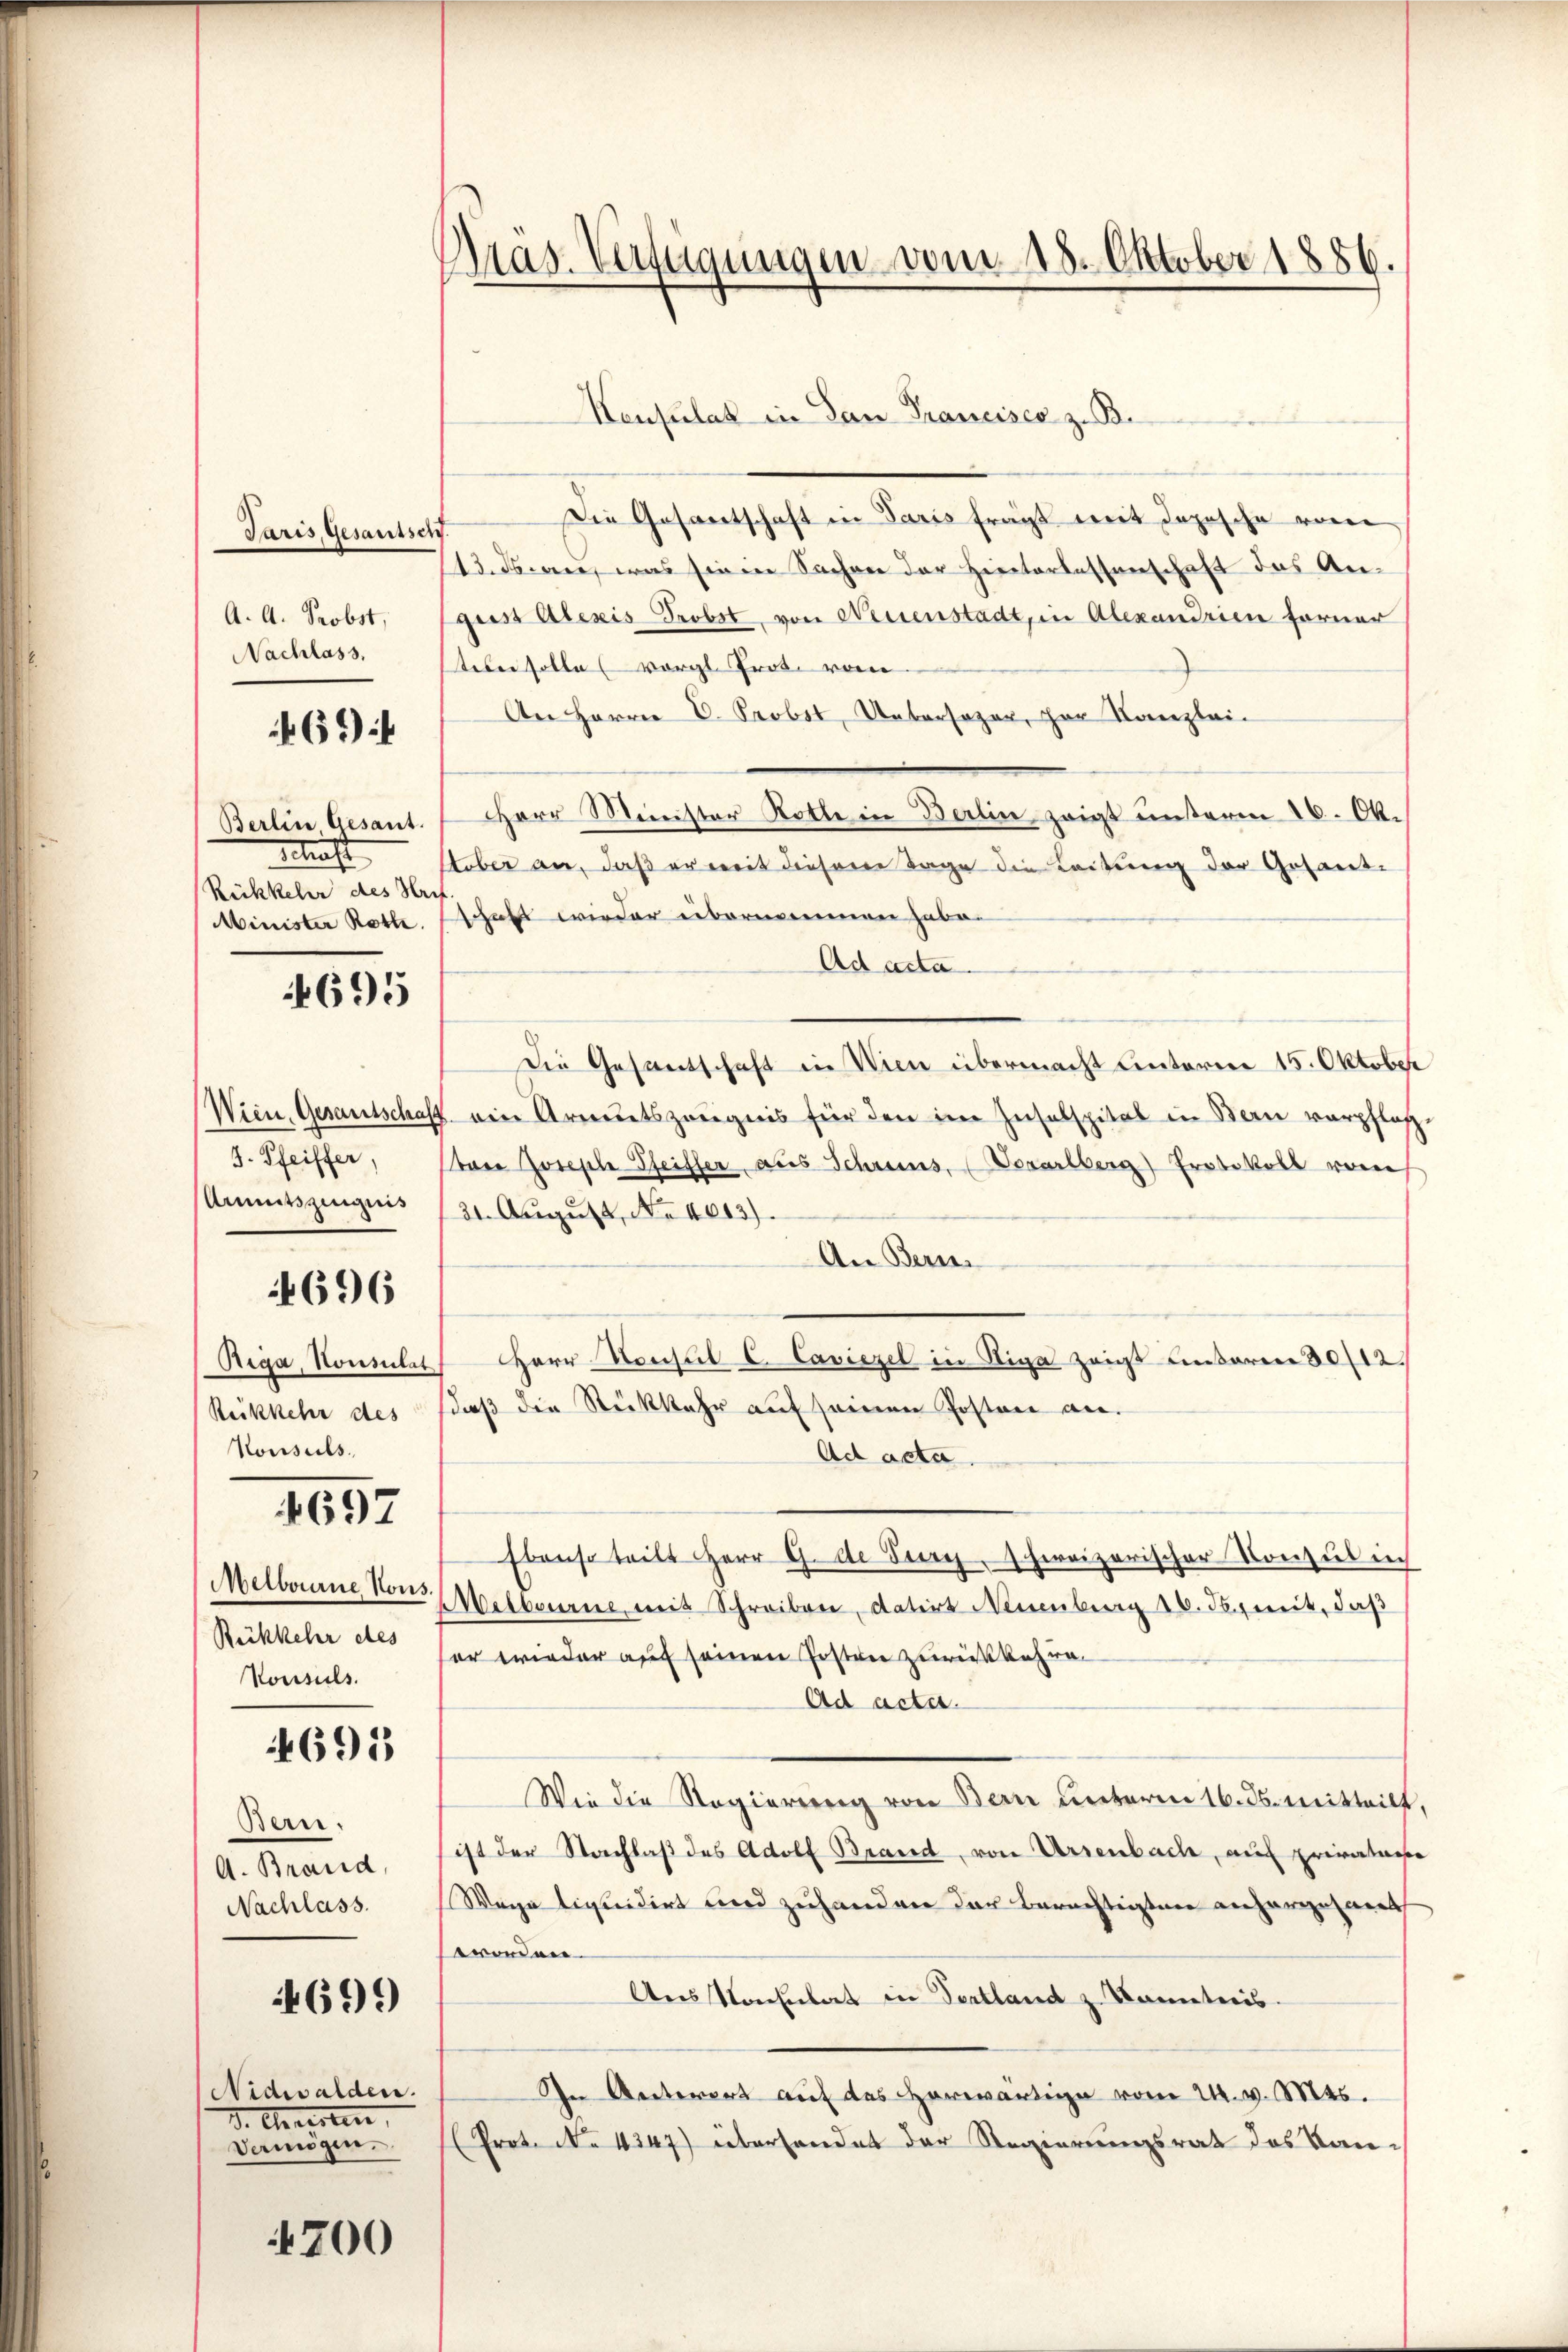
Paris, Gesantsch.
A. A. Probst,
Nachlass.

469 f

Schaft
Rückkehr des Hrif

695

J. Pfeiffer,
Armutszeugnis

4696

Riga, Konsulat
Reikkehr des
Konsuls.

4697

Melbourne Kons.
Rückkehr des
Vonsuls.

4691

Bern.
A. Brand,
Nachlass.

699)

Nidwalden.
d. Christen,
Vermögen.

200

Präs. Verfügungen vom 18. Oktober 1886.

Die Gesantschaft in Paris fragt mit Topische von
13. Franz, was sie in Sachen der Hinterlassenschaft das Angust Alexis Probst von Neuenstadt, in Alexandrien ferner
teber solle (vergl. Prot. vom
An Herrn D. Probst, Uebersager, zur Kanzlei-
Berlin Gesant. 7 Herr Minister Rotte in Berlin zeigt unterm 16. Ok-
Ueber an, daß er weit diesem Tage die Leitung der Gesand¬
Minister Roth. Schaft wieder übernommen habe.
Ad acta.
Die Gesandschaft in Wien übermacht unterm 15. Oktober
Wien, Gesantschaft ein Armutszeugnis für den im Insabspital in Bern verpfleg-
toer Joseph Pfeiffer, aus Schreins, Vorarlberg) Protokoll von
/31. August, No. 4613).
An Bern.
Herr Konsul C. Caviezel in Riga zeigt unseren 30/12.
daß die Rückkehr auf seinen Posten an¬
Ad acta.
Ebenso teilt Herr G. de Juny, hereizerischer Konsul in
Melbourne mit Schreiben, datirt Neuenburg 16. Jb. mit, daß
er wieder auf seinen Posten zurückkehre
Ad acta.
Wie die Regierung von Bern unterm 16. ds. mitteilt,
ist der Nachlaß des Adolf Brand, von Urzenbach, auf privatare
Wege liquidirt und zuhanden der berechtigten anhergeharrt
Verordnen.
Aus Konsulat in Ventland z. Kanntnis.
In Unterert auf des Herwärtige vom 24. v. Mts.
(Prot. No 4247) überhandet der Regierungsrat des Kan¬

Konsulat in San Francisco z. B.